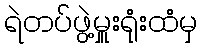
ရဲတပ်ဖွဲ့မှူးရုံးထံမှ